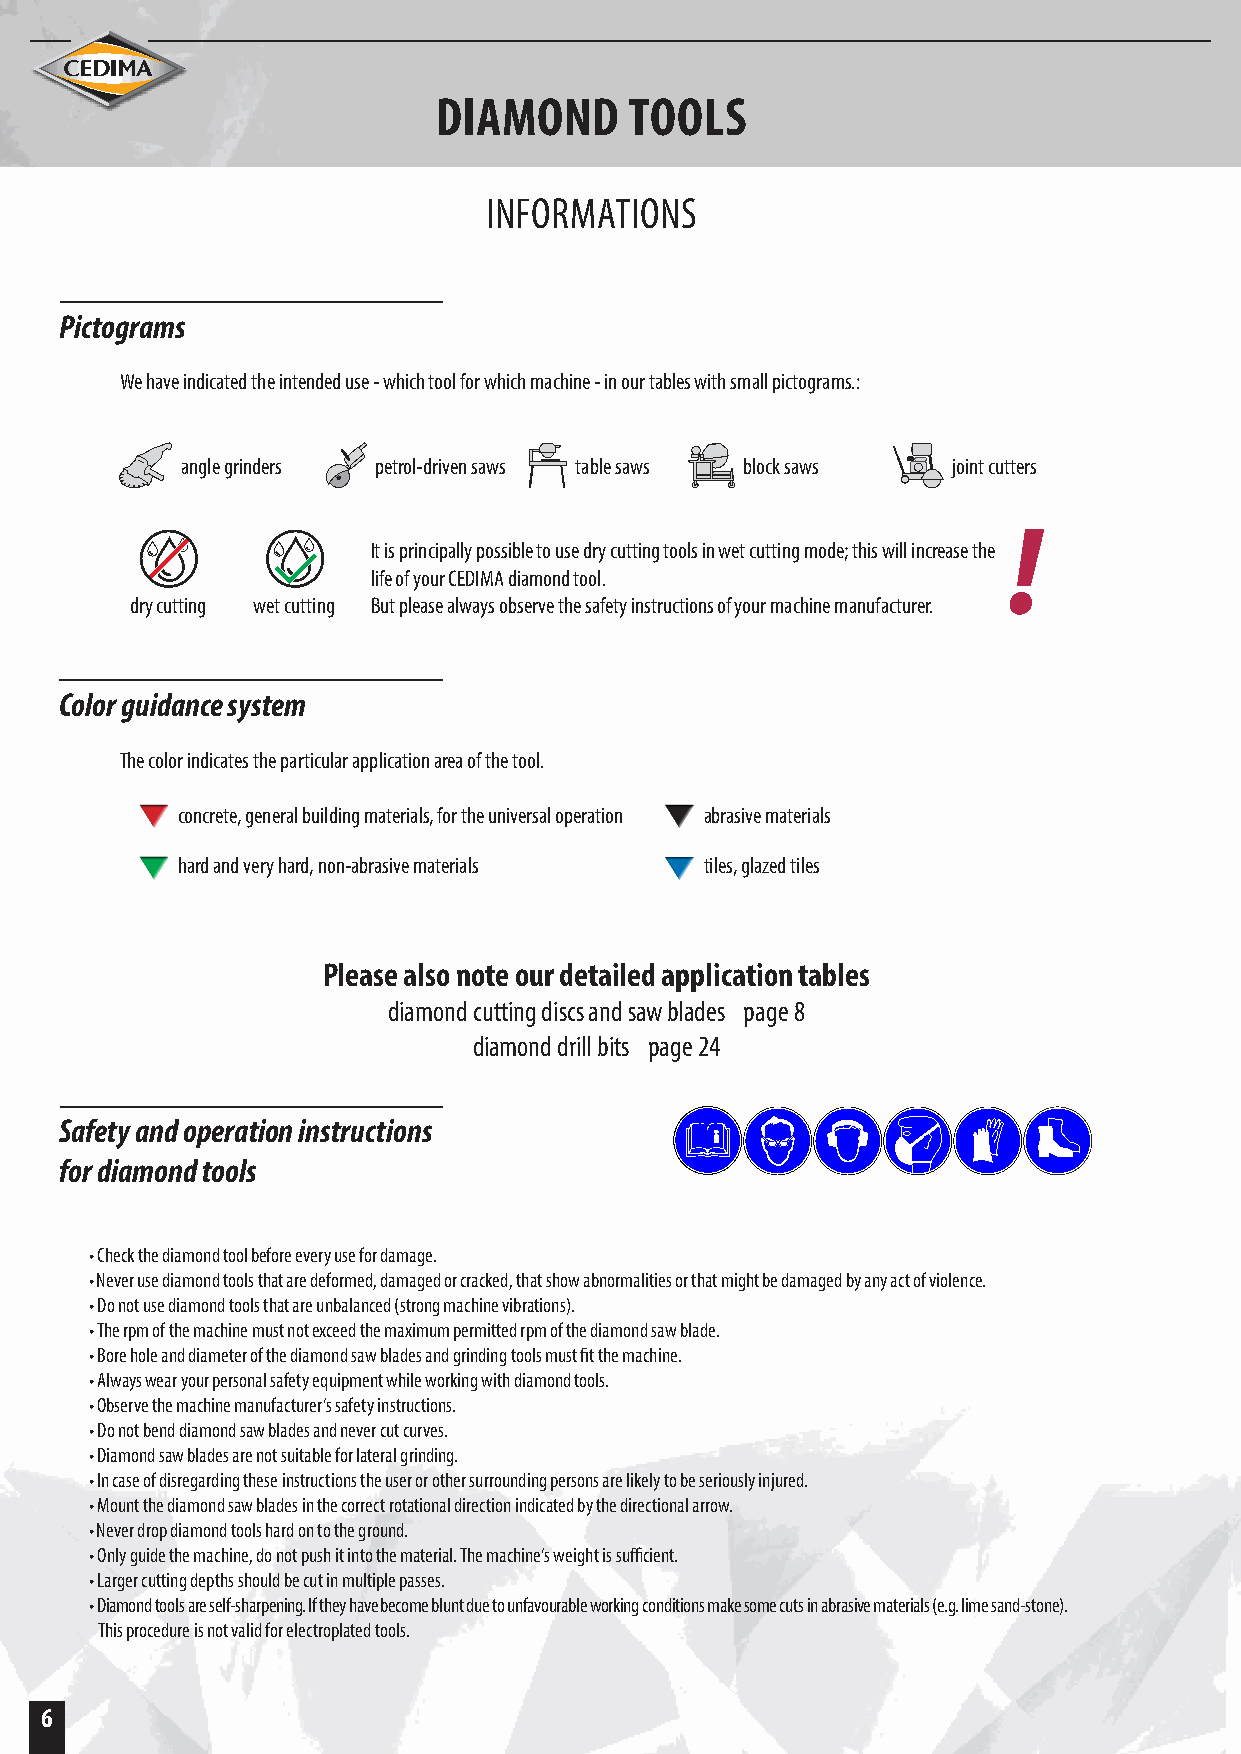
DIAMOND      TOOLS
 INFORMATIONS
 Pictograms
 We have indicated the intended use - which tool for which machine - in our tables with small pictograms.:
 angle grinders petrol-driven saws table saws block saws joint cutters
 !
 It is principally possible to use dry cutting tools in wet cutting mode; this will increase the
 life of your CEDIMA diamond tool.
 dry cutting wet cutting But please always observe the safety instructions of your machine manufacturer.
 Color guidance system
 The color indicates the particular application area of the tool.
 concrete, general building materials, for the universal operation abrasive materials
 hard and very hard, non-abrasive materials tiles, glazed tiles
 Please also note our detailed application tables
 diamond cutting discs and saw blades page 8
 diamond drill bits page 24
 Safety and operation instructions
 for diamond tools
 • Check the diamond tool before every use for damage.
 • Never use diamond tools that are deformed, damaged or cracked, that show abnormalities or that might be damaged by any act of violence.
 • Do not use diamond tools that are unbalanced (strong machine vibrations).
 • The rpm of the machine must not exceed the maximum permitted rpm of the diamond saw blade.
 • Bore hole and diameter of the diamond saw blades and grinding tools must fit the machine.
 • Always wear your personal safety equipment while working with diamond tools.
 • Observe the machine manufacturer‘s safety instructions.
 • Do not bend diamond saw blades and never cut curves.
 • Diamond saw blades are not suitable for lateral grinding.
 • In case of disregarding these instructions the user or other surrounding persons are likely to be seriously injured.
 • Mount the diamond saw blades in the correct rotational direction indicated by the directional arrow.
 • Never drop diamond tools hard on to the ground.
 • Only guide the machine, do not push it into the material. The machine‘s weight is sufficient.
 • Larger cutting depths should be cut in multiple passes.
 • Diamond tools are self-sharpening. If they have become blunt due to unfavourable working conditions make some cuts in abrasive materials (e.g. lime sand-stone).
 This procedure is not valid for electroplated tools.
 6